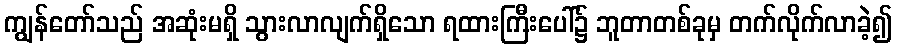
ကျွန်တော်သည် အဆုံးမရှိ သွားလာလျက်ရှိသော ရထားကြီးပေါ်၌ ဘူတာတစ်ခုမှ တက်လိုက်လာခဲ့၍